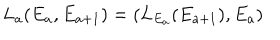
L _ { a } ( E _ { a } , E _ { a + 1 } ) = ( L _ { E _ { a } } ( E _ { a + 1 } ) , E _ { a } )